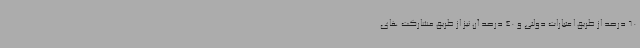
60 درصد از طریق اعتبارات دولتی و 40 درصد آن نیز از طریق مشارکت های